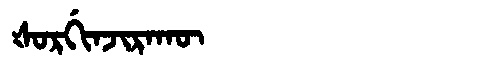
Manchu: ᡧᠣᡵᡤᡳᠨᠵᡳᡵᠠᡴᡡ
Romanization: ŠORGINJIRAKŪ